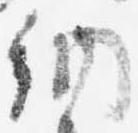
納